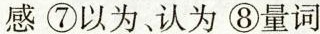
感⑦以为、认为⑧量词